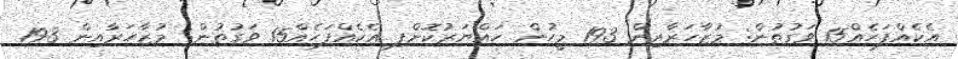
އެކެއްފަހެއް15 ވަގުތުން: މުޒާހަރާއިން 193 މީހުން ހައްޔަރުކޮށްފި އެކެއްފަހެއް15 ވަގުތުން: މުޒާހަރާއިން 193